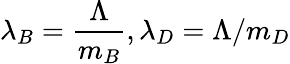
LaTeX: \lambda_{B}=\frac\Lambda{m_{B}},\lambda_{D}=\Lambda/m_{D}